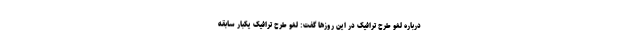
درباره لغو طرح ترافیک در این روزها گفت: لغو طرح ترافیک یکبار سابقه